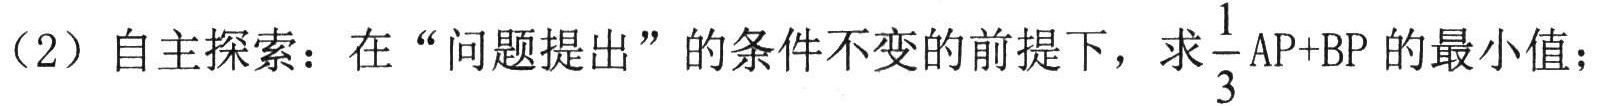
（2）自主探索：在“问题提出”的条件不变的前提下，求$\frac{1}{3}\mathrm{AP}+\mathrm{BP}$的最小值；